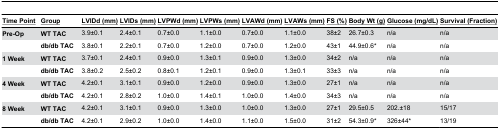
| <underline>Time Point</underline> | <underline>Group</underline> | <underline>LVIDd (mm)</underline> | <underline>LVIDs (mm)</underline> | <underline>LVPWd (mm)</underline> | <underline>LVPWs (mm)</underline> | <underline>LVAWd (mm)</underline> | <underline>LVAWs (mm)</underline> | <underline>FS (%)</underline> | <underline>Body Wt (g)</underline> | <underline>Glucose (mg/dL)</underline> | <underline>Survival (Fraction)</underline> |
 | --- | --- | --- | --- | --- | --- | --- | --- | --- | --- | --- | --- |
 | Pre-Op | WT TAC | 3.9±0.1 | 2.4±0.1 | 0.7±0.0 | 1.1±0.0 | 0.7±0.0 | 1.1±0.0 | 38±2 | 26.7±0.3 | n/a | n/a |
 |  | db/db TAC | 3.8±0.1 | 2.2±0.1 | 0.7±0.0 | 1.2±0.0 | 0.7±0.0 | 1.2±0.0 | 43±1 | 44.9±0.6* | n/a | n/a |
 | 1 Week | WT TAC | 3.7±0.1 | 2.4±0.1 | 0.9±0.0 | 1.3±0.1 | 0.9±0.0 | 1.3±0.0 | 34±2 | n/a | n/a | n/a |
 |  | db/db TAC | 3.8±0.2 | 2.5±0.2 | 0.8±0.1 | 1.2±0.1 | 0.9±0.0 | 1.3±0.1 | 33±3 | n/a | n/a | n/a |
 | 4 Week | WT TAC | 4.2±0.1 | 3.1±0.1 | 0.9±0.0 | 1.2±0.0 | 0.9±0.0 | 1.3±0.0 | 27±1 | n/a | n/a | n/a |
 |  | db/db TAC | 4.2±0.1 | 2.8±0.2 | 1.0±0.0 | 1.4±0.1 | 1.0±0.0 | 1.4±0.0 | 34±3 | n/a | n/a | n/a |
 | 8 Week | WT TAC | 4.2±0.1 | 3.1±0.1 | 0.9±0.0 | 1.3±0.0 | 1.0±0.0 | 1.3±0.0 | 27±1 | 29.5±0.5 | 202.±18 | 15/17 |
 |  | db/db TAC | 4.2±0.1 | 2.9±0.2 | 1.0±0.0 | 1.4±0.0 | 1.1±0.0 | 1.5±0.0 | 31±2 | 54.3±0.9* | 326±44* | 13/19 |